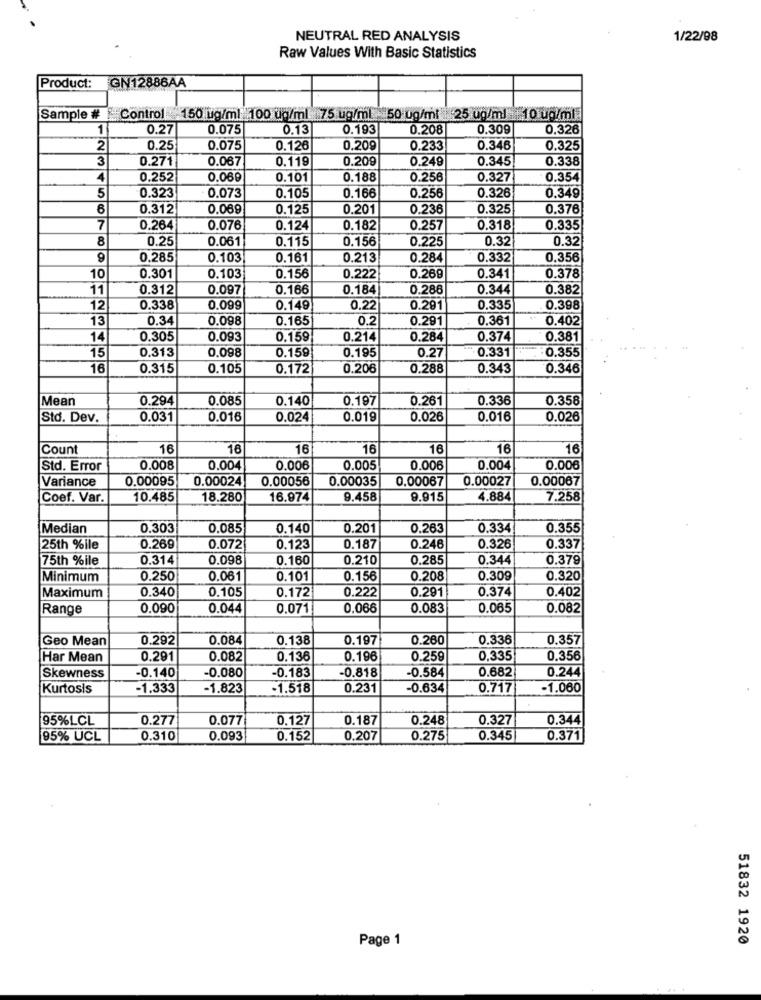
NEUTRAL RED ANALYSIS
1/22/98
Raw Values With Basic Statistics
GN12886AA
Product:
Sample # Control 150 ug/ml 100 ug/ml 75 ug/ml 50 ug/mi 25 ug/ml 10 ug/ml.
1
0.27
0.075
0.13
0.193
0.208
0.309
0.326
2
0.25
0.075
0.126
0.209
0.233
0.346
0.325
3
0.271
0.067
0.119
0.209
0.249
0.345
0.338
4
0.252
0.060
0.101
0.188
0.256
0.327
0.354
5
0.323
0.073
0.105
0.166
0.256
0.326
0.349
6
0.312
0.069
0.125
0.201
0.236
0.325
0.376
7
0.264
0.076
0.124
0.182
0.257
0.318
0.335
8
0.25
0.061
0.115
0.156
0.225
0.32|
0.32
0.285
0.103
0.161
0.213
0.284
0.332
0.356
10
0.301
0.103
0.156
0.222
0.269
0.341
0.378
11
0.312
0.097
0.166
0.184
0.286
0.344
0.382
12
0.338
0.099
0.149
0.2
0.291
0.335
0.398
13
0.34
0.098
0.165
0.2
0.291
0.361
0.402
14
0.305
0.093
0.159
0.214
0.284
0.374
0.381
15
0.313
0.098
0.159
0.195
0.27
0.331
0.355
16
0.315
0.105
0.172
0.206
0.288
0.343
0.346
Mean
0.294
0.085
0.140
0.197
0.261
0.336
0.358
Std. Dev.
0.031
0.016
0.024
0.019
0.026
0.016
0.026
Count
16
16
16
16
16
16
16
Std. Error
0.008
0.004
0.006
0.005
0.006
0.004
0.006
Variance
0.00095
0.00024
0.00056
0.00035
0.00067
0.00027
0.00067
Coef. Var.
10.485
18.280
16.974
9.458
9.915
4.884
7.258
Median
0.303
0.085
0.140
0.201
0.263
0.334
0.355
25th %ile
0.269
0.072
0.123
0.187
0.246
0.326
0.337
75th %ile
0.314
0.098
0.160
0.210
0.285
0.344
0.379
Minimum
0.250
0.061
0.101
0.156
0.208
0.309
0.320
0.340
0.105
0.172
0.222
0.291
0.374
0.402
Maximum
Range
0.090
0.044
0.071
0.066
0.083
0.065
0.082
Geo Mean
0.292
0.084
0.138
0.197
0.260
0.336
0.357
Har Mean
0.291
0.082
0.136
0.196
0.259
0,335
0.356
-0.140
-0.080
-0.183
-0.818
-0.584
0.682
0.244
Skewness
Kurtosis
-1.333
-1.823
-1.518
0.231
-0.634
0.717
-1.060
95%LCL
0.277
0.077
0,127
0.187
0.248
0.327
0.344
95% UCL
0.310
0.093
0.152
0,207
0.275
0.345
0.371
Page 1
51832 1920